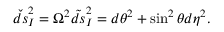
\check { d s } _ { \cal I } ^ { 2 } = \Omega ^ { 2 } \tilde { d s } _ { \cal I } ^ { 2 } = d \theta ^ { 2 } + \sin ^ { 2 } \theta d \eta ^ { 2 } .